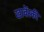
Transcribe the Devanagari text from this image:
खाबेंस्की